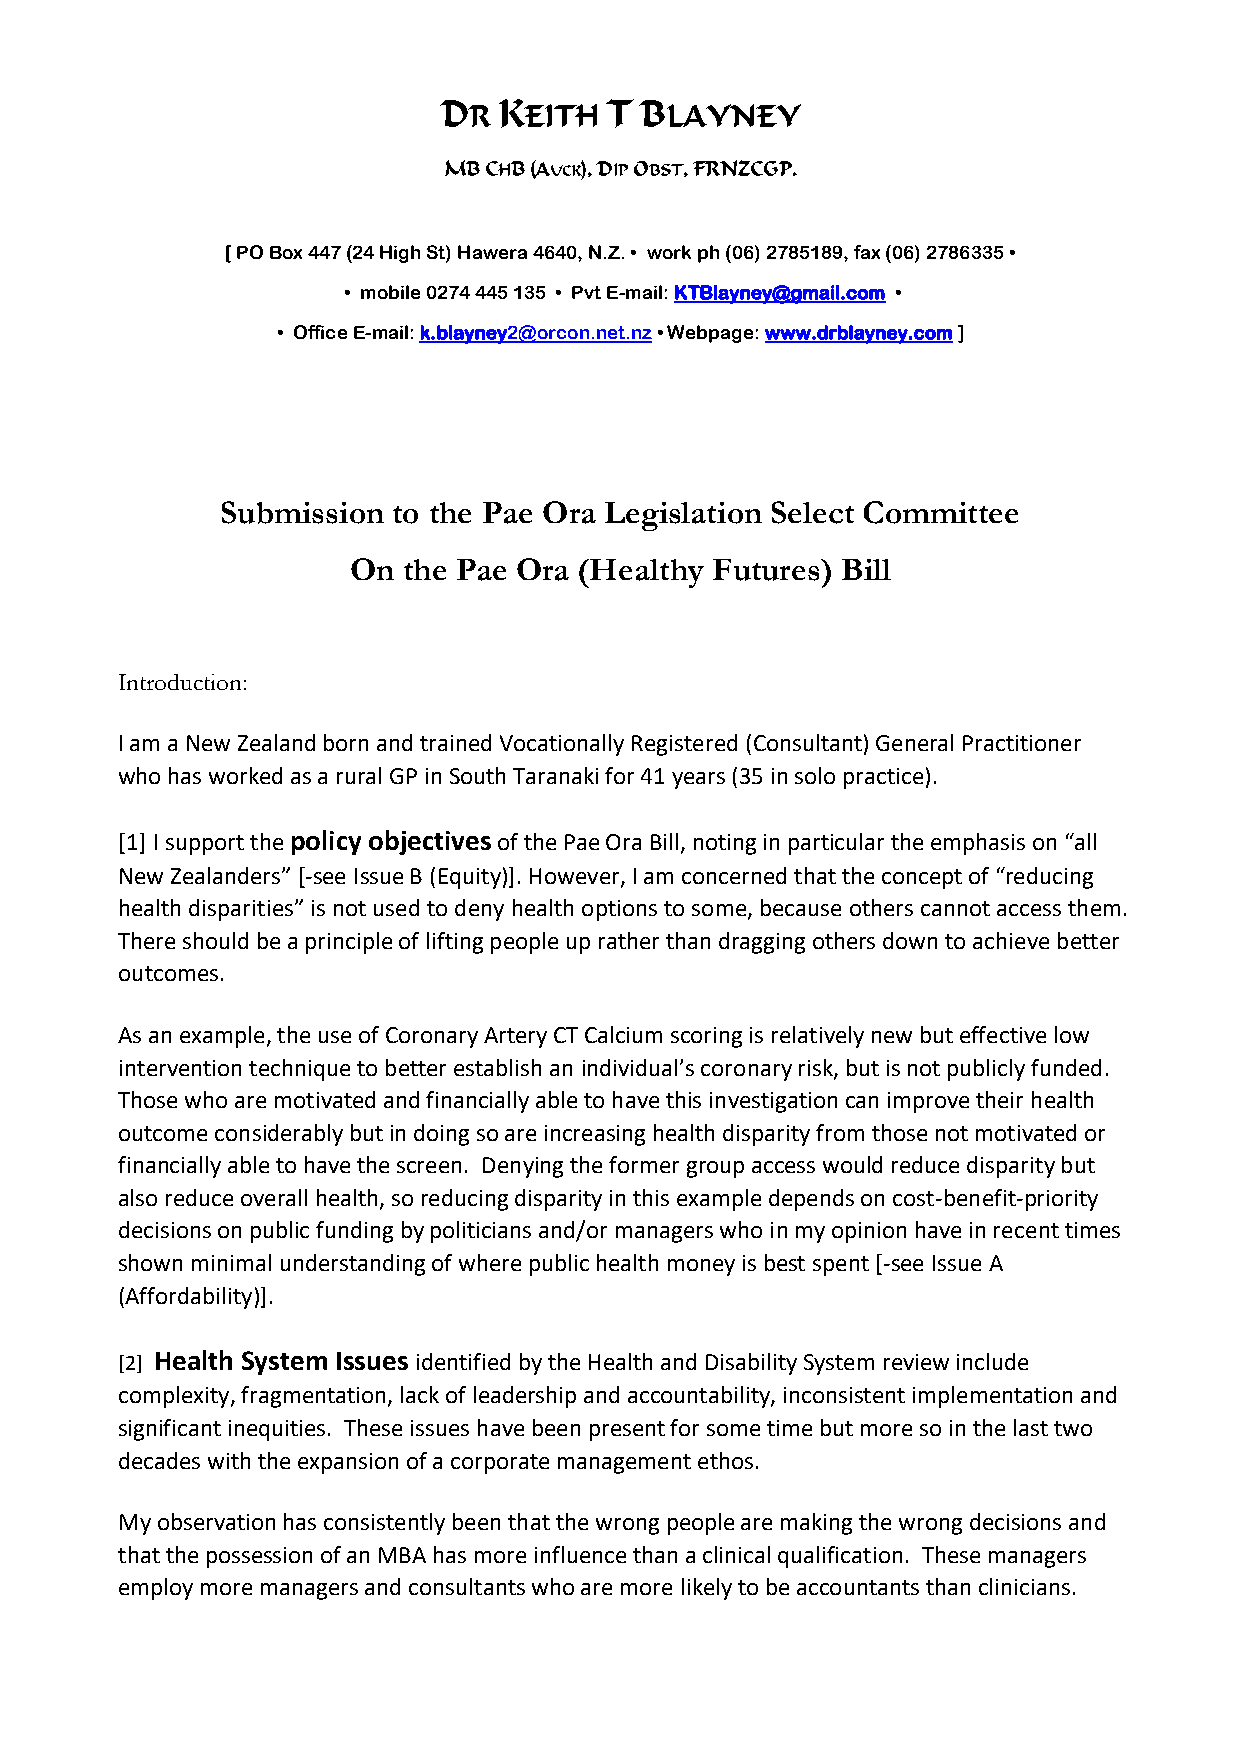
DR  KEITH  T BLAYNEY
 MB CHB (AUCK), DIP OBST, FRNZCGP.
 [ PO Box 447 (24 High St) Hawera 4640, N.Z. • work ph (06) 2785189, fax (06) 2786335 •
 • mobile 0274 445 135 • Pvt E-mail: KTBlayney@gmail.com •
 • Office E-mail: k.blayney2@orcon.net.nz • Webpage: www.drblayney.com ]
 Submission to the Pae Ora Legislation Select Committee
 On  the Pae Ora (Healthy Futures) Bill
 Introduction:
 I am a New Zealand born and trained Vocationally Registered (Consultant) General Practitioner
 who has worked as a rural GP in South Taranaki for 41 years (35 in solo practice).
 [1] I support the policy objectives of the Pae Ora Bill, noting in particular the emphasis on “all
 New Zealanders” [-see Issue B (Equity)]. However, I am concerned that the concept of “reducing
 health disparities” is not used to deny health options to some, because others cannot access them.
 There should be a principle of lifting people up rather than dragging others down to achieve better
 outcomes.
 As an example, the use of Coronary Artery CT Calcium scoring is relatively new but effective low
 intervention technique to better establish an individual’s coronary risk, but is not publicly funded.
 Those who are motivated and financially able to have this investigation can improve their health
 outcome considerably but in doing so are increasing health disparity from those not motivated or
 financially able to have the screen. Denying the former group access would reduce disparity but
 also reduce overall health, so reducing disparity in this example depends on cost-benefit-priority
 decisions on public funding by politicians and/or managers who in my opinion have in recent times
 shown minimal understanding of where public health money is best spent [-see Issue A
 (Affordability)].
 [2] Health System Issues identified by the Health and Disability System review include
 complexity, fragmentation, lack of leadership and accountability, inconsistent implementation and
 significant inequities. These issues have been present for some time but more so in the last two
 decades with the expansion of a corporate management ethos.
 My observation has consistently been that the wrong people are making the wrong decisions and
 that the possession of an MBA has more influence than a clinical qualification. These managers
 employ more managers and consultants who are more likely to be accountants than clinicians.